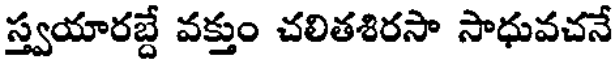
స్త్వయారబ్దే వక్తుం చలితశిరసా సాధువచనే